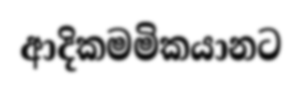
ආදිකමමිකයානට